Madras plague regulations and rules for district municipalities and other towns and villages
Disease focus: Plague
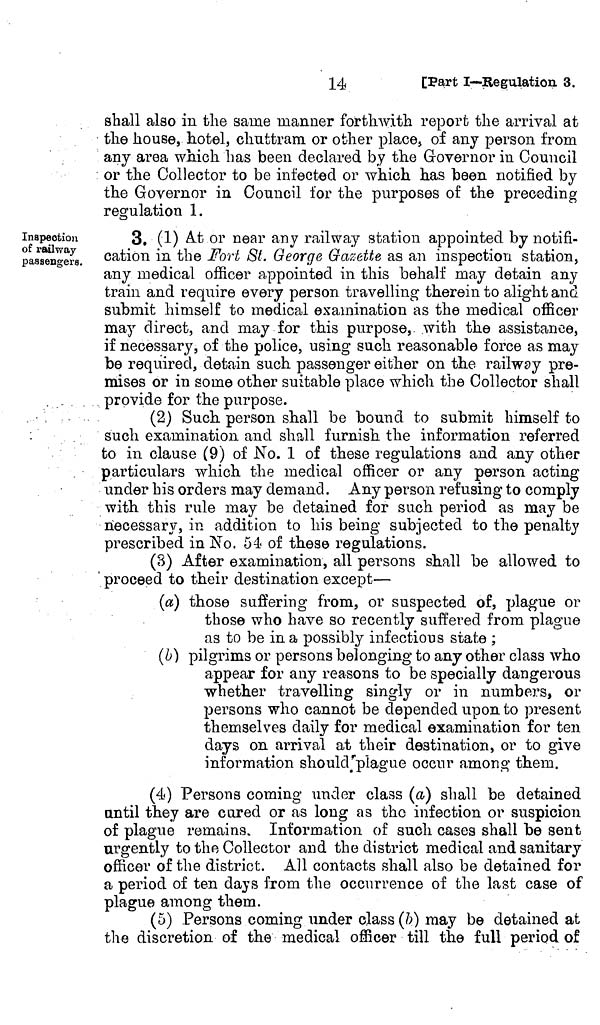
14
[Part I—Regulation 3.
shall also in the same manner forthwith report the arrival at
the house, hotel, chuttram or other place, of any person from
any area which has been declared by the Governor in Council
or the Collector to be infected or which has been notified by
the Governor in Council for the purposes of the preceding
regulation 1.
Inspection
of railway
passengers.
3. (1) At or near any railway station appointed by notifi-
cation in the Fort St. George Gazette as an inspection station,
any medical officer appointed in this behalf may detain any
train and require every person travelling therein to alight and
submit himself to medical examination as the medical officer
may direct, and may for this purpose, with the assistance,
if necessary, of the police, using such reasonable force as may
be required, detain such passenger either on the railway pre-
mises or in some other suitable place which the Collector shall
provide for the purpose.
(2) Such person shall be bound to submit himself to
such examination and shall furnish the information referred
to in clause (9) of No. 1 of these regulations and any other
particulars which the medical officer or any person acting
under his orders may demand. Any person refusing to comply
with this rule may be detained for such period as may be
necessary, in addition to his being subjected to the penalty
prescribed in No. 54 of these regulations.
(5) After examination, all persons shall be allowed to
proceed to their destination except—
(a) those suffering from, or suspected of, plague or
those who have so recently suffered from plague
as to be in a possibly infectious state ;
(6) pilgrims or persons belonging to any other class who
appear for any reasons to be specially dangerous
whether travelling singly or in numbers, or
persons who cannot be depended upon to present
themselves daily for medical examination for ten
days on arrival at their destination, or to give
information should plague occur among them.
(4) Persons coming under class (a) shall be detained
until they are cored or as long as the infection or suspicion
of plague remains. Information of such cases shall be sent
urgently to the Collector and the district medical and sanitary
officer of the district. All contacts shall also be detained for
a period of ten days from the occurrence of the last case of
plague among them.
(5) Persons coming under class (b) may be detained at
the discretion of the medical officer till the full period of